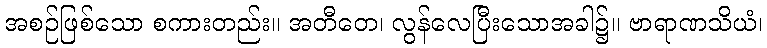
အစဉ်ဖြစ်သော စကားတည်း။ အတီတေ၊ လွန်လေပြီးသောအခါ၌။ ဗာရာဏသိယံ၊